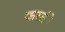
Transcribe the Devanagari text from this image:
करतंे